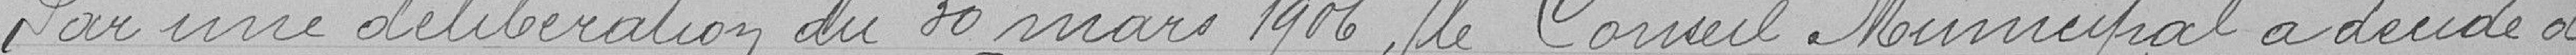
Par une délibération du 30 mars 1906, le Conseil Municipal a décidé de